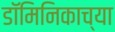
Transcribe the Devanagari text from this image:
डॉमिनिकाच्या